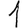
Digit: 1